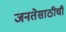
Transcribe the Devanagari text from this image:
जनतेसाठीची